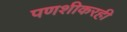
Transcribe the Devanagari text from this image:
पणशीकरही